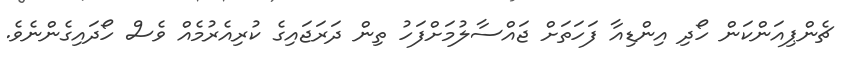
ޗެންޕިއަންކަން ހޯދި އިންޑިއާ ފަހަތަށް ޖައްސާލުމަށްފަހު ތިން ދަރަޖައިގެ ކުރިއެރުމެއް ވެސް ހޯދައިގެންނެވެ.